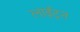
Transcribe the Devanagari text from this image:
लाईट्न